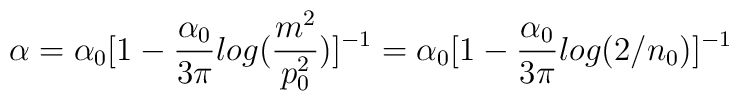
\alpha = \alpha_0 [1-\frac{\alpha_0}{3\pi}log (\frac{m^2}{p_0^2})]^{-1}= \alpha_0 [1-\frac{\alpha_0}{3\pi}log (2/n_0)]^{-1}